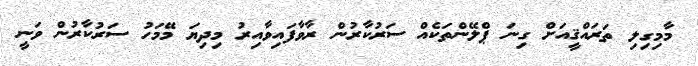
މާމިގިލި ތަރައްޤީއަށް ގިނަ ޕްލޭންތަކެއް ސަރުކާރުން ރާވާފައިވާއިރު މިދިޔަ މޭމަހު ސަރުކާރުން ވަނީ